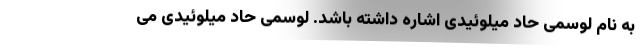
به نام لوسمی حاد میلوئیدی اشاره داشته باشد. لوسمی حاد میلوئیدی می